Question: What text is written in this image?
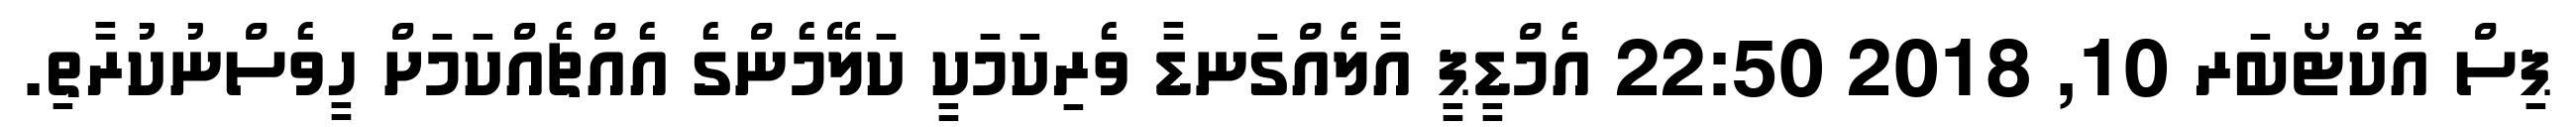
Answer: ޕިސް އޮކްޓޯބަރ 10, 2018 22:50 އެމްޑީޕީ އާލެެއްގަނޑާ ވެރިކަމަކީ ކަލޭމެންގެ އެއްޗެއްކަމަށް ހީވެސްނުކުރާތި.